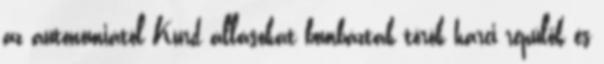
az autonómiától Kurd állásokat bombáztak török harci repülők és